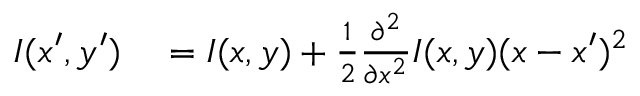
\begin{array} { r l } { I ( x ^ { \prime } , y ^ { \prime } ) } & { { } = I ( x , y ) + \frac { 1 } { 2 } \frac { \partial ^ { 2 } } { \partial x ^ { 2 } } I ( x , y ) ( x - x ^ { \prime } ) ^ { 2 } } \end{array}